Insane asylums in Bengal annual reports 1867-1875 - 1867-1875
Year: 1867
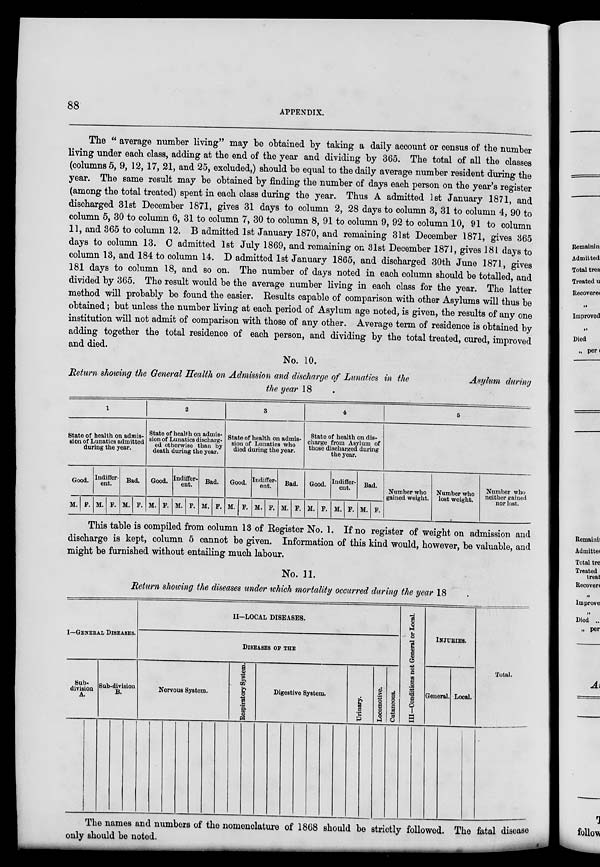
88
APPENDIX.
The "average number living" may be obtained by taking a daily account or census of the number
living under each class, adding at the end of the year and dividing by 365. The total of all the classes
(columns 5, 9, 12, 17, 21, and 25, excluded,) should be equal to the daily average number resident during the
year. The same result may be obtained by finding the number of days each person on the year's register
(among the total treated) spent in each class during the year. Thus A admitted 1st January 1871, and
discharged 31st December 1871, gives 31 days to column 2, 28 days to column 3, 31 to column 4, 90 to
column 5, 30 to column 6, 31 to column 7, 30 to column 8, 91 to column 9, 92 to column 10, 91 to column
11, and 365 to column 12. B admitted 1st January 1870, and remaining 31st December 1871, gives 365
days to column 13. C admitted 1st July 1869, and remaining on 31st December 1871, gives 181 days to
column 13, and 184 to column 14. D admitted 1st January 1865, and discharged 30th June 1871, gives
181 days to column 18, and so on. The number of days noted in each column should be totalled, and
divided by 365. The result would be the average number living in each class for the year. The latter
method will probably be found the easier. Results capable of comparison with other Asylums will thus be
obtained; but unless the number living at each period of Asylum age noted, is given, the results of any one
institution will not admit of comparison with those of any other. Average term of residence is obtained by
adding together the total residence of each person, and dividing by the total treated, cured, improved
and died.
No. 10.
Return showing the General Health on Admission and discharge of Lunatics in the
Asylum during
the year 18
1
State of health on admis-
sion of Lunatics admitted
during the year.
Good.
M. F.
Indiffer-
ent.
M. F.
Bad.
M. F.
2
State of health on admis-
sion of Lunatics discharg-
ed otherwise than by
death during the year.
Good.
M. F.
Indiffer-
ent.
M. F.
Bad.
M. F.
3
State of health on admis-
sion of Lunatics who
died during the year.
Good.
M. F.
Indiffer-
ent.
M. F.
Bad.
M. F.
4
State of health on dis-
charge from Asylum of
those discharged during
the year.
Good.
M. F.
Indiffer-
ent.
M. F.
Bad.
M. F.
5
Number who
gained weight.
Number who
lost weight.
Number who
neither gained
nor lost.
This table is compiled from column 13 of Register No. 1. If no register of weight on admission and
discharge is kept, column 5 cannot be given. Information of this kind would, however, be valuable, and
might be furnished without entailing much labour.
No. 11.
Return showing the diseases under which mortality occurred during the year 18
I—GENERAL DISEASES.
Sub-
division
A.
Sub-division
B.
II—LOCAL DISEASES.
DISEASES OF THE
Nervous System.
Respiratory System.
Digestive System.
Urinary.
Locomotive.
Cutaneous.
III—Conditions not General or Local
INJURIES.
General. Local.
Total.
The names and numbers of the nomenclature of 1868 should be strictly followed. The fatal disease
only should be noted.